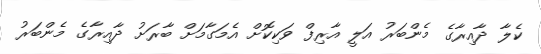
ކެލާ ދާއިރާގެ މެންބަރު އަލީ އާރިފް ވަކިކޮށް އެމަގާމަށް ބާރަށު ދާއިރާގެ މެންބަރު